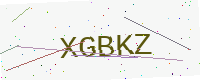
Text: XGBKZ